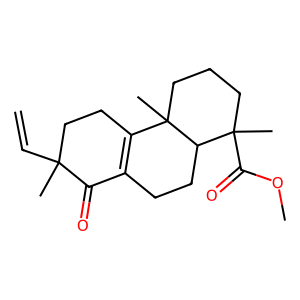
SMILES: C=CC1(C)CCC2=C(CCC3C(C)(C(=O)OC)CCCC23C)C1=O
Inhibits HIV replication: No